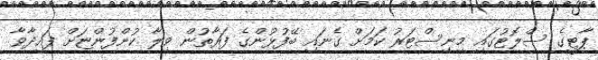
ޕާޓީގެ ސްލޮޓުގައި މިނިސްޓަރު ކަމަށް ގެނައި ބޭފުޅުންގެ ފަރާތުން ވިލާ ކުންފުންޏަށް ފައިދާވާ